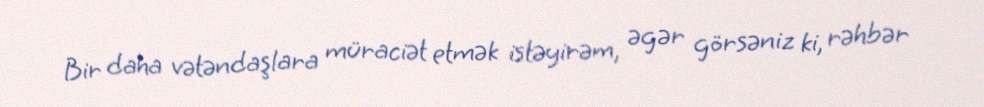
Bir daha vətəndaşlara müraciət etmək istəyirəm, əgər görsəniz ki, rəhbər